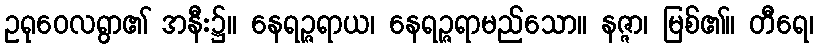
ဥရုဝေလရွာ၏ အနီး၌။ နေရဉ္ဇရာယ၊ နေရဉ္ဇရာမည်သော။ နဇ္ဇာ၊ မြစ်၏။ တီရေ၊